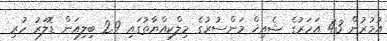
އުމުރުން 43 އަހަރުގެ ޝެއިޚް މަންސުރުގެ މިލްކިއްޔާތުގައި 2.9 ބިލިއަން ޑޮލަރު ހުރި